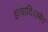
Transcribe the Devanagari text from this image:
इत्यादि।उबैद